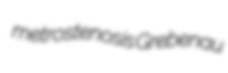
metrostenosis Grebenau